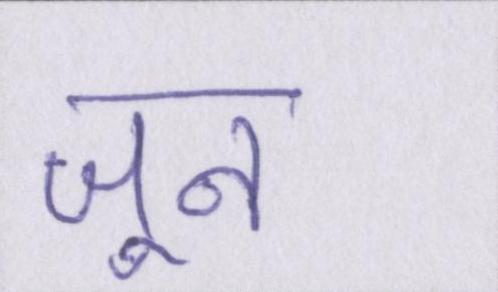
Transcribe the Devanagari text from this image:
जून